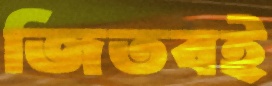
জিতবই